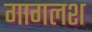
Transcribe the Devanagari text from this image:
गागलश